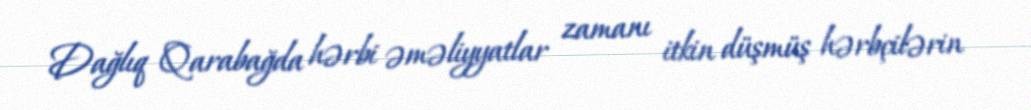
Dağlıq Qarabağda hərbi əməliyyatlar zamanı itkin düşmüş hərbçilərin